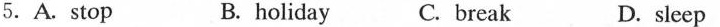
5.A.Stop B. holiday C. break D.sleep